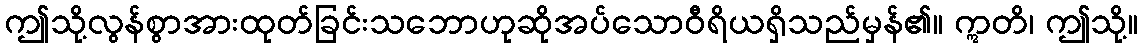
ဤသို့လွန်စွာအားထုတ်ခြင်းသဘောဟုဆိုအပ်သောဝီရိယရှိသည်မှန်၏။ ဣတိ၊ ဤသို့။